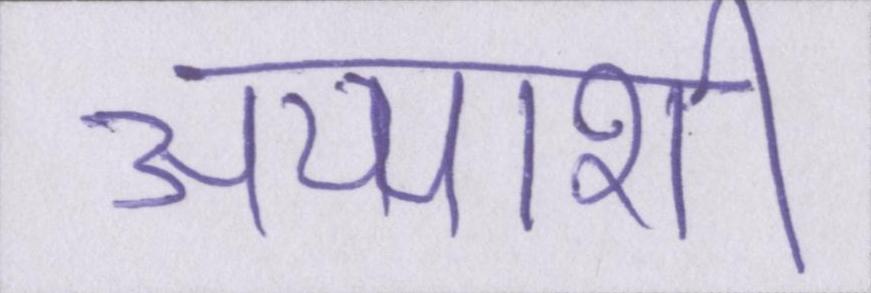
अय्याशी